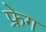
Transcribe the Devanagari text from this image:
फ्रेग